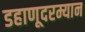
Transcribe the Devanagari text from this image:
डहाणूदरम्यान